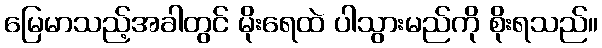
မြေမာသည့်အခါတွင် မိုးရေထဲ ပါသွားမည်ကို စိုးရသည်။